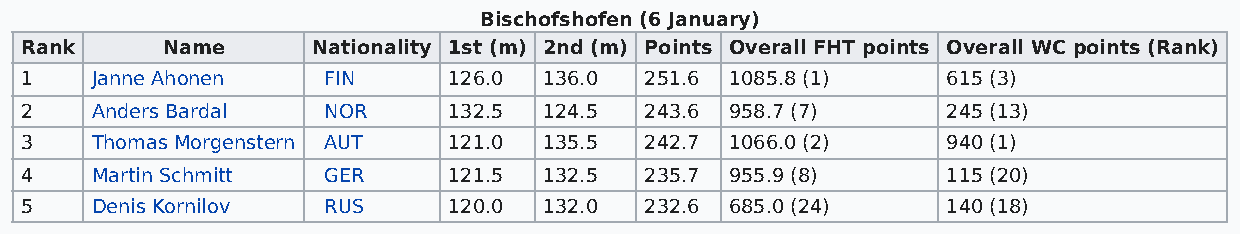
Bischofshofen (6 January)
 Rank      Name      Nationality 1st (m) 2nd (m) Points Overall FHT points Overall WC points (Rank)
 1    Janne Ahonen   FIN      126.0 136.0  251.6 1085.8 (1)    615 (3)
 2    Anders Bardal  NOR      132.5 124.5  243.6 958.7 (7)     245 (13)
 3    Thomas Morgenstern AUT  121.0 135.5  242.7 1066.0 (2)    940 (1)
 4    Martin Schmitt GER      121.5 132.5  235.7 955.9 (8)     115 (20)
 5    Denis Kornilov RUS      120.0 132.0  232.6 685.0 (24)    140 (18)